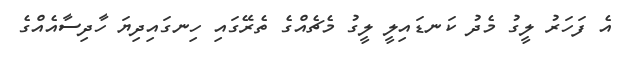
އެ ފަހަރު ލީގު މެދު ކަނޑައިލީ ލީގު މެޗެއްގެ ތެރޭގައި ހިނގައިދިޔަ ހާދިސާއެއްގެ